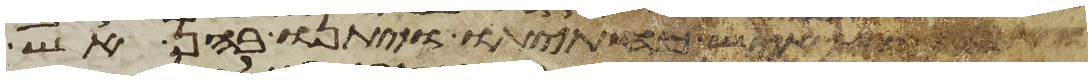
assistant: ואביהוא איש מחתתו ויתנו בהן אש